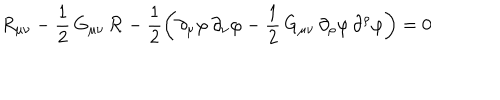
R _ { \mu \nu } - \frac { 1 } { 2 } \, G _ { \mu \nu } \, { \cal R } - \frac { 1 } { 2 } \left( \partial _ { \mu } \varphi \, \partial _ { \nu } \varphi - \frac { 1 } { 2 } \, G _ { \mu \nu } \, \partial _ { \rho } \varphi \, \partial ^ { \rho } \varphi \right) = 0